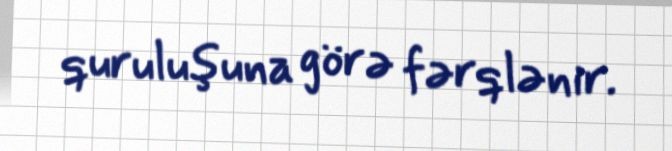
quruluşuna görə fərqlənir.